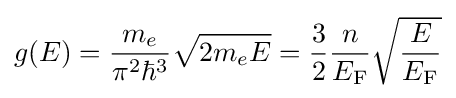
g(E)={\frac {m_{e}}{\pi ^{2}\hbar ^{3}}}{\sqrt {2m_{e}E}}={\frac {3}{2}}{\frac {n}{E_{\rm {F}}}}{\sqrt {\frac {E}{E_{\rm {F}}}}}